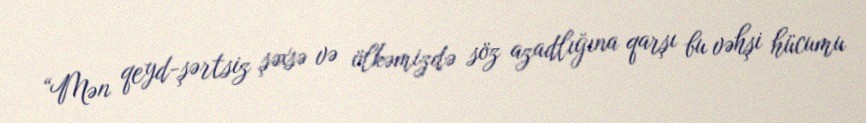
“Mən qeyd-şərtsiz şəxsə və ölkəmizdə söz azadlığına qarşı bu vəhşi hücumu